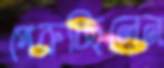
পেরুচ্ছিলেন